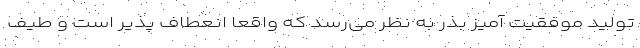
تولید موفقیت آمیز بذر به نظر می‌رسد که واقعاً انعطاف پذیر است و طیف